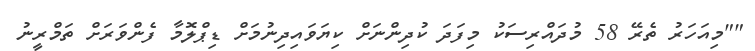
""މިއަހަރު ތެރޭ 58 މުދައްރިސަކު މިފަދަ ކުދިންނަށް ކިޔަވައިދިނުމަށް ޑިޕްލޮމާ ފެންވަރަށް ތަމްރީނު